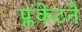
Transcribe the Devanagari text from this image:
प्लंकेटने